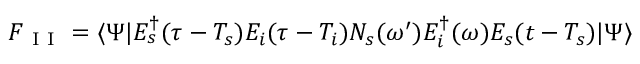
{ \cal F } _ { \mathrm { ~ I ~ I ~ } } = \langle \Psi | E _ { s } ^ { \dagger } ( \tau - T _ { s } ) E _ { i } ( \tau - T _ { i } ) { \cal N } _ { s } ( \omega ^ { \prime } ) { \cal E } _ { i } ^ { \dagger } ( \omega ) E _ { s } ( t - T _ { s } ) | \Psi \rangle